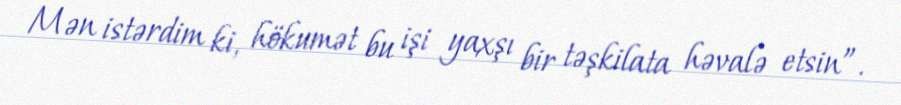
Mən istərdim ki, hökumət bu işi yaxşı bir təşkilata həvalə etsin”.